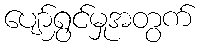
ပျော်ရွှင်မှုအတွက်